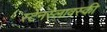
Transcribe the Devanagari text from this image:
स्टेनस्लावस्की